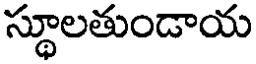
స్థూలతుండాయ